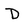
Character: D